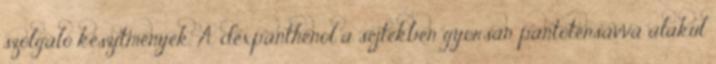
szolgáló készítmények. A dexpanthenol a sejtekben gyorsan pantoténsavvá alakul